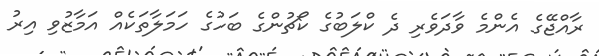
ރާއްޖޭގެ އެންމެ ވާދަވެރި ދެ ކްލަބުގެ ކޯޗުންގެ ބަހުގެ ހަމަލާތަކެއް އަމާޒުވި އިރު